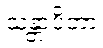
သန္တာပိတာ